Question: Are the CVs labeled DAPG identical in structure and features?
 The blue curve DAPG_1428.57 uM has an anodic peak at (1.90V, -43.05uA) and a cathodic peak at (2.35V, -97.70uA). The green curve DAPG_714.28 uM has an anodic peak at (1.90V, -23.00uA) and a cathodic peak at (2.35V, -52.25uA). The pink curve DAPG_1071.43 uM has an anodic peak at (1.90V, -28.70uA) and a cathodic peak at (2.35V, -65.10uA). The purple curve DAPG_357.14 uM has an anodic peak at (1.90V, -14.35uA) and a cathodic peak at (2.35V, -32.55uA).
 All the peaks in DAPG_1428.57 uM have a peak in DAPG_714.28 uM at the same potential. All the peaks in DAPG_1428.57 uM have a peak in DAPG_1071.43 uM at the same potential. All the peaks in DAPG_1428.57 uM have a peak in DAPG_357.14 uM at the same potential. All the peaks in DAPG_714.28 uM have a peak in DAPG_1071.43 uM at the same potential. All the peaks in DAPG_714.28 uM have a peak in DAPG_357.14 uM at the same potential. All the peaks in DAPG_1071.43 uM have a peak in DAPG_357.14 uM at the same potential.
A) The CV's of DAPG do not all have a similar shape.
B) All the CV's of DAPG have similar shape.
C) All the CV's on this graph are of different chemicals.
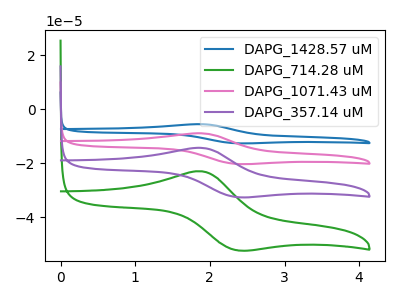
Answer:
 <answer>B) All the CV's of "DAPG" have similar shape.</answer>
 <eval>B</eval>